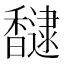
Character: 𮩮